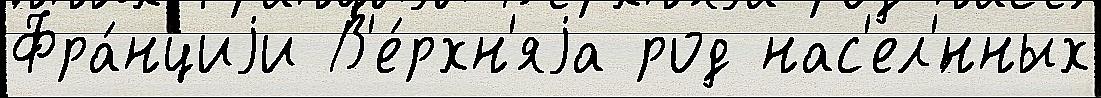
Фра́нциjи В'е́рхн'яjа род нас'ел'́нных